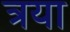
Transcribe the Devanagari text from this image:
त्रया